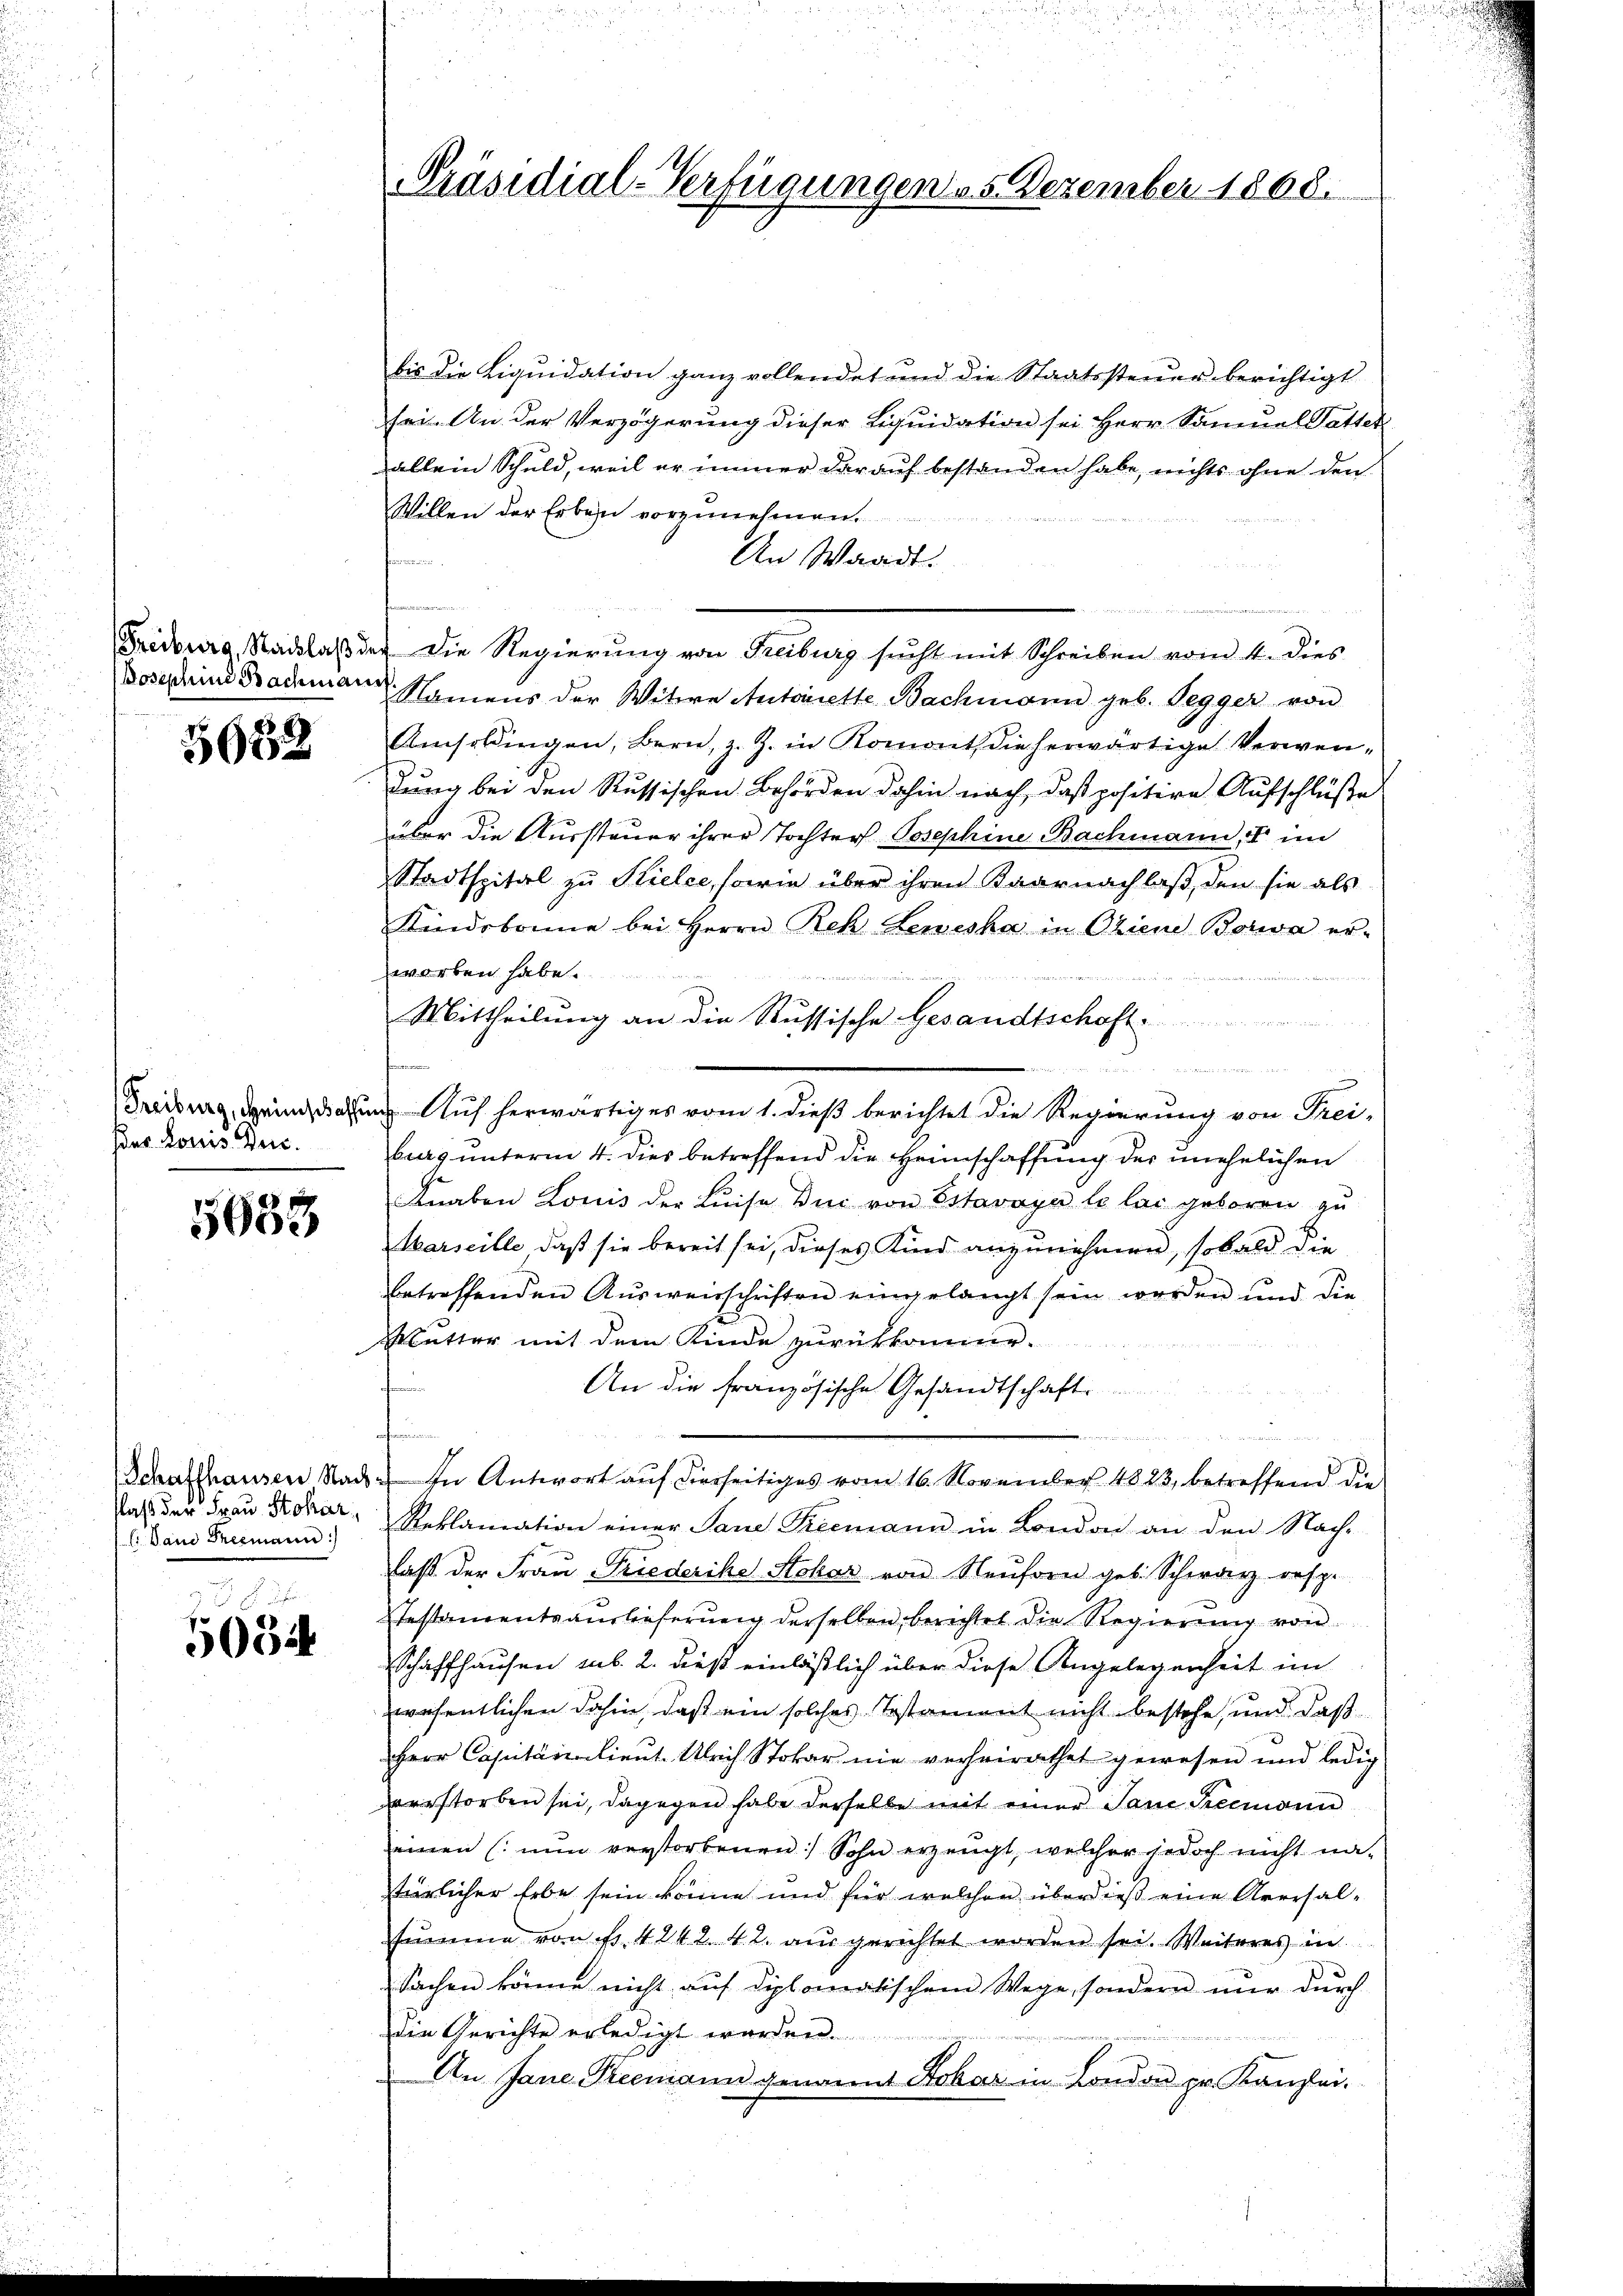
Freiburg, Nachlaß de
Posephine Bachmann

5082

Freiburg, Heimschaffe
das Louis Zuc

5633

Schaffhausen Nach
Nass der Frau Stohar,
. l. Band Freemann:

5054

Präsidial-Verfügungen 5. Dezember 1868.

bis die Liquidation ganz vollendet und die Staatssteuer berichtigt
sei. An der Verzögerung dieser Liquidation sei Herr Samuel Patter
allein Schuld, weil er immer darauf bestanden habe, nichts ohne den
Willen der Erben vorzunehm
An Waadt.

u. Die Regierung von Freiburg sucht mit Schreiben vom 4. dies
¬
Namens der Witwe Autoriette Bachmann geb. Pegger von
Amsoldingen, Bern, z. Z. in Romont dieserwärtige Verwendung bei den Russischen Behörden dahin nach, daß positire Aufschlüße
über die Aussteuer ihrer Tochter Josephine Bachmann, I im
Stadtspital zu Stielce, sowie über ihren Kaarnachlaß, den sie als
Kindsbanne bei Herrn Reh Lenziska in Oriene Borwa er-
worben habe.

Mittheilung an die Russische Gesandtschaft

a. Auf herwärtiges vom 1. dieß berichtet die Regierung von Frei-
burg unterm 4. dies betreffend die Heimschaffung der unehelichen
Knaben Louis der Luise Du von Estavayer le lai geboren zu
Marseille, daß sie bereit sei, dieses Kind anzunehmen, sobald die
betreffenden Aŭsweischriften eingelangt sein werden und die
Mutter mit dem Kinde zurückkomme.
An die französische Gesandtschaft
In Antwort auf diesseitiges vom 16. November 1823, betreffend die
Reklamation einer Sane Seemann in London an den Nach-
laß der Frau Friederike Schar von Neŭforn geb. Schwarz, resp.
Testamentsauslieferŭng derselben berichtet die Regierŭng von
Schaffhausen sub. 2. dieß einläßlich über diese Angelegenheit im
wesentlichen dahin, daß ein solches Testament nicht bestehe, und daß
Herr Capitän lieut. Ulrich Stokar nie verheirathet gewesen und ledig
verstorben sei, dagegen habe derselbe mit einer Sane Seemann
einen (nun verstorbenen Sohn erzeugt, welcher jedoch nicht nat
türlicher Erbe sein könne und für welchen überdieβ eine Aversal-
sŭmme von fr. 4242. 42. ausgerichtet worden sei. Weiteres in
Sachen könne nicht auf diplomatischem Wege, sondern nur durch
die Gerichte erledigt werden.
An Jane Steemann genannt Stobar in London pr. Kanzlei-